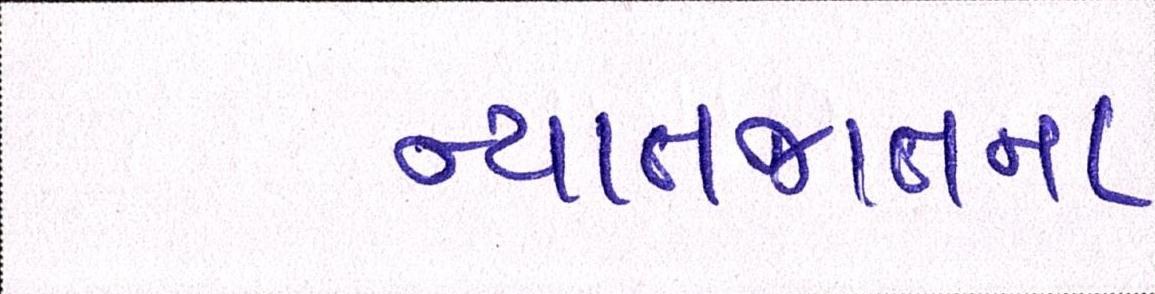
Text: ન્યાતજાતના